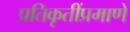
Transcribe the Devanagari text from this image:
प्रतिकृतींप्रमाणे